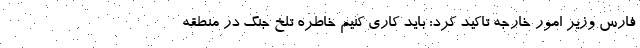
فارس وزیر امور خارجه تاکید کرد: باید کاری کنیم خاطره تلخ جنگ در منطقه